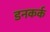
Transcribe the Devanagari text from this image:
डनकर्क